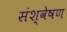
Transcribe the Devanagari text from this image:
संश्वेषण